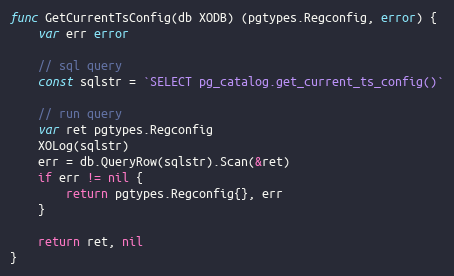
Language: Go
func GetCurrentTsConfig(db XODB) (pgtypes.Regconfig, error) {
	var err error

	// sql query
	const sqlstr = `SELECT pg_catalog.get_current_ts_config()`

	// run query
	var ret pgtypes.Regconfig
	XOLog(sqlstr)
	err = db.QueryRow(sqlstr).Scan(&ret)
	if err != nil {
		return pgtypes.Regconfig{}, err
	}

	return ret, nil
}